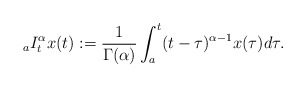
\begin{align*}{_aI_t^{\alpha}}x(t) := \frac{1}{\Gamma(\alpha)}\int_a^t (t-\tau)^{\alpha-1}x(\tau) d\tau .\end{align*}